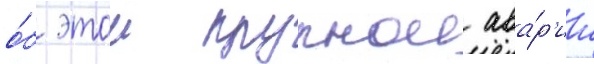
о́б этои крупнои ава́р'ии